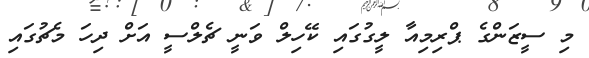
މި ސީޒަންގެ ޕްރިމިއާ ލީގުގައި ކޭހިލް ވަނީ ޗެލްސީ އަށް ދިހަ މެޗުގައި